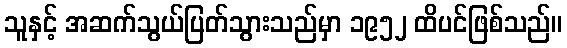
သူနှင့် အဆက်သွယ်ပြတ်သွားသည်မှာ ၁၉၅၂ ထိပင်ဖြစ်သည်။